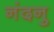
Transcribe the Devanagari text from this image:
नंदनु